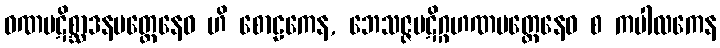
ဝဏပဋိစ္ဆာဒနမတ္တေနေဝ ဟိ စောဠကေန, ဘေသဇ္ဇပဋိဂ္ဂဟဏမတ္တေနေဝ စ ကပါလကေန